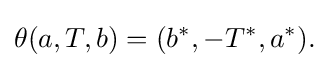
\displaystyle {\theta (a,T,b)=(b^{*},-T^{*},a^{*}).}